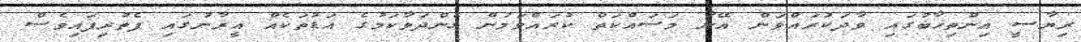
ރިޔާސީ އިންތިޚާބުގައި ވާދަކުރައްވަން އޭނާ މަސައްކަތް ކުރައްވަމުން ގެންދަވާކަމުގެ އަޑުތަކެއް އީރާނުގައި ފެތުރިފައިވެސް